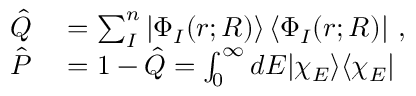
\begin{array} { r l } { \hat { Q } } & { { } = \sum _ { I } ^ { n } | \Phi _ { I } ( r ; R ) \rangle \, \langle \Phi _ { I } ( r ; R ) | ~ , } \\ { \hat { P } } & { { } = 1 - \hat { Q } = \int _ { 0 } ^ { \infty } d E | \chi _ { E } \rangle \langle \chi _ { E } | } \end{array}